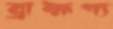
ব্রাহ্মণ্য